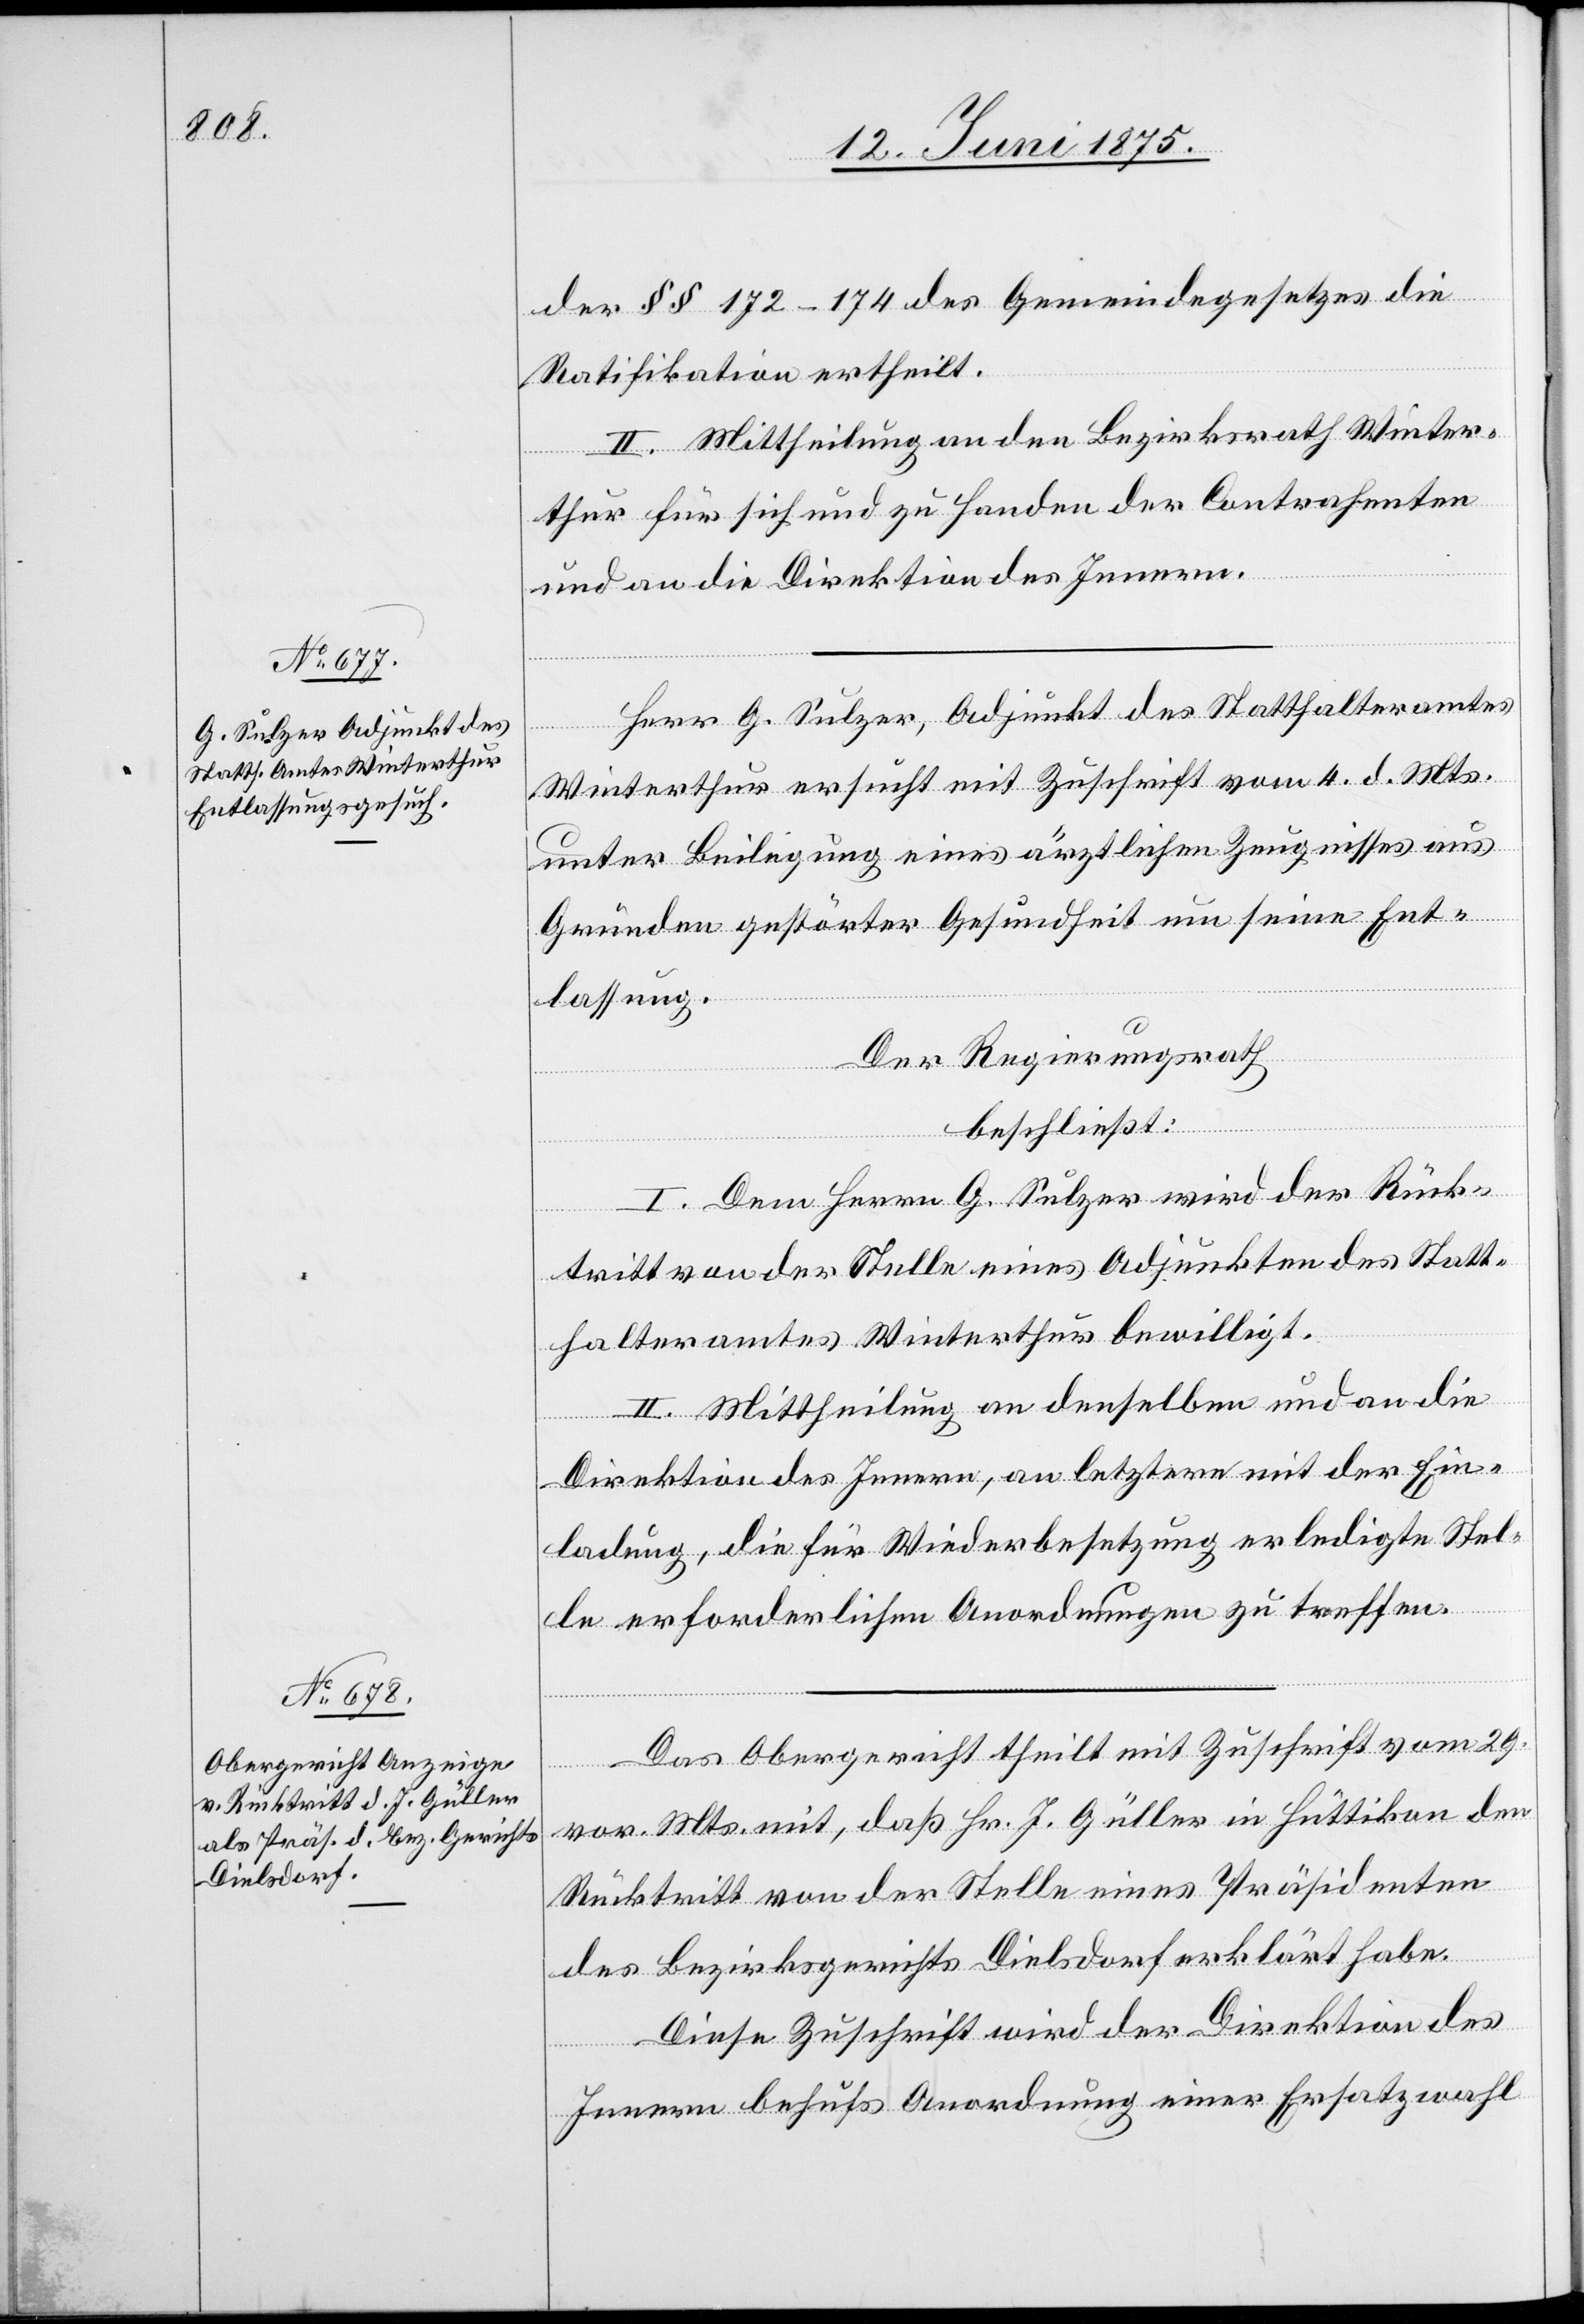
der §§ 172–174 des Gemeindegesetzes die
Ratifikation ertheilt.
II. Mittheilung an den Bezirksrath Winter¬
thur für sich und zu Handen der Contrahenten
und an die Direktion des Innern.
Herr G. Sulzer, Adjunkt des Statthalteramtes
Winterthur ersucht mit Zuschrift vom 4. d. Mts.
unter Beilegung eines ärztlichen Zeugnisses aus
Gründen gestörter Gesundheit um seine Ent¬
lassung.
Der Regierungsrath
beschließt:
I. Dem Herr G. Sulzer wird der Rück¬
tritt von der Stelle eines Adjunkten des Statt¬
halteramtes Winterthur bewilligt.
II. Mittheilung an denselben und an die
Direktion des Innern, an letztere mit der Ein¬
ladung, die für Wiederbesetzung erledigte Stel¬
le erforderlichen Anordnungen zu treffen.
Das Obergericht theilt mit Zuschrift vom 29.
vor. Mts mit, daß Hr. J. Güller in Hüttikon den
Rücktritt von der Stelle eines Präsidenten
des Bezirksgerichts Dielsdorf erklärt habe.
Diese Zuschrift wird der Direktion des
Innern behufs Anordnung einer Ersatzwahl